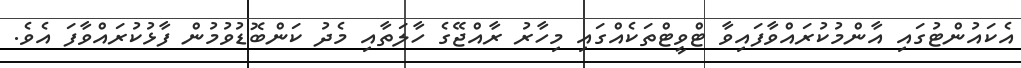
އެކައުންޓުގައި އާންމުކުރައްވާފައިވާ ޓްވީޓްތަކެއްގައި މިހާރު ރާއްޖޭގެ ހާލަތާއި މެދު ކަންބޮޑުވުމުން ފާޅުކުރައްވާފަ އެވެ.